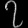
Digit: ၇